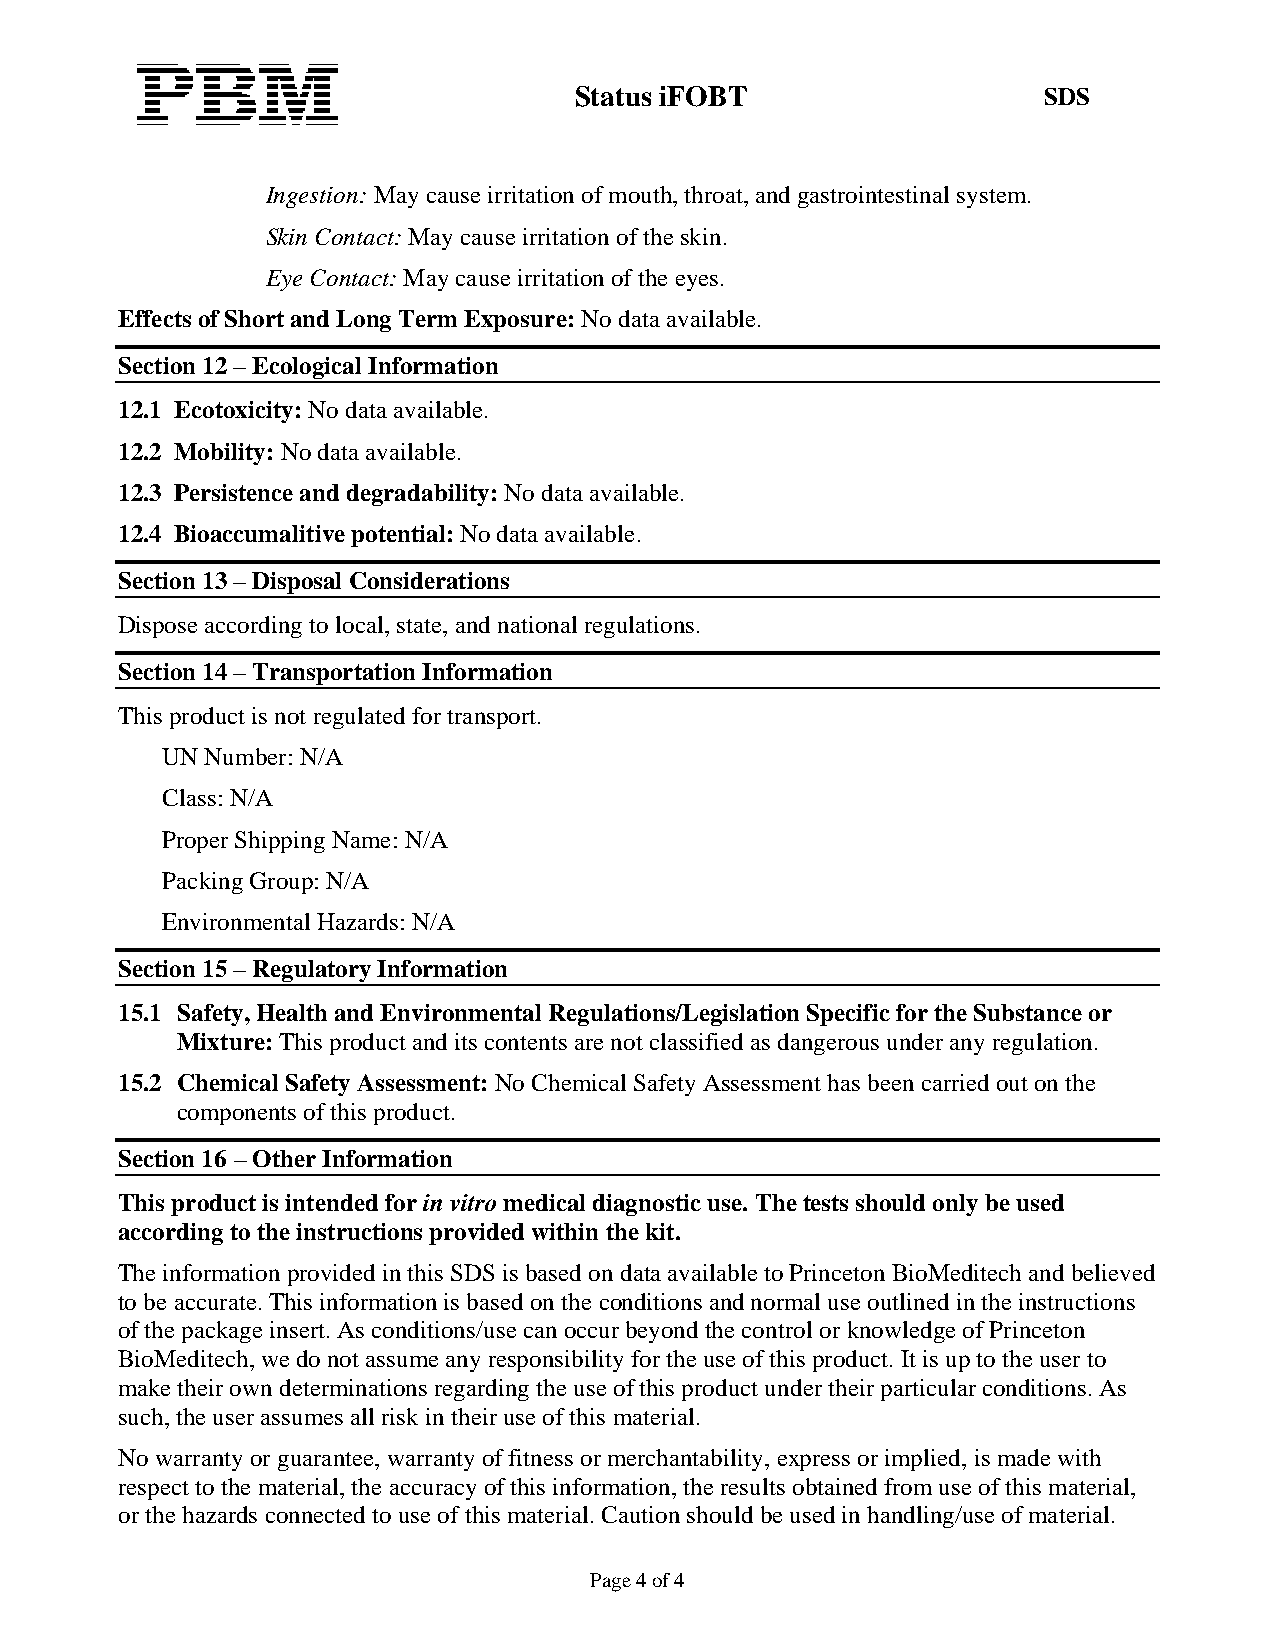
Status iFOBT                   SDS
 Ingestion: May cause irritation of mouth, throat, and gastrointestinal system.
 Skin Contact: May cause irritation of the skin.
 Eye Contact: May cause irritation of the eyes.
 Effects of Short and Long Term Exposure: No data available.
 Section 12 – Ecological Information
 12.1 Ecotoxicity: No data available.
 12.2 Mobility: No data available.
 12.3 Persistence and degradability: No data available.
 12.4 Bioaccumalitive potential: No data available.
 Section 13 – Disposal Considerations
 Dispose according to local, state, and national regulations.
 Section 14 – Transportation Information
 This product is not regulated for transport.
 UN Number: N/A
 Class: N/A
 Proper Shipping Name: N/A
 Packing Group: N/A
 Environmental Hazards: N/A
 Section 15 – Regulatory Information
 15.1 Safety, Health and Environmental Regulations/Legislation Specific for the Substance or
 Mixture: This product and its contents are not classified as dangerous under any regulation.
 15.2 Chemical Safety Assessment: No Chemical Safety Assessment has been carried out on the
 components of this product.
 Section 16 – Other Information
 This product is intended for in vitro medical diagnostic use. The tests should only be used
 according to the instructions provided within the kit.
 The information provided in this SDS is based on data available to Princeton BioMeditech and believed
 to be accurate. This information is based on the conditions and normal use outlined in the instructions
 of the package insert. As conditions/use can occur beyond the control or knowledge of Princeton
 BioMeditech, we do not assume any responsibility for the use of this product. It is up to the user to
 make their own determinations regarding the use of this product under their particular conditions. As
 such, the user assumes all risk in their use of this material.
 No warranty or guarantee, warranty of fitness or merchantability, express or implied, is made with
 respect to the material, the accuracy of this information, the results obtained from use of this material,
 or the hazards connected to use of this material. Caution should be used in handling/use of material.
 Page 4 of 4